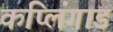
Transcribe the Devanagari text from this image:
कप्लिंगाड